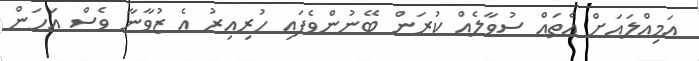
އަމިއްލައަށް އެތައް ސުވާލެއް ކުރަން ބޭނުންވެފައި ހުރިއިރު އެ ޒުވާނާ ވެސް އަހަން